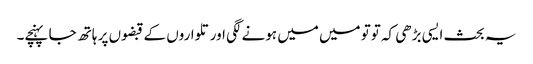
یہ بحث ایسی بڑھی کہ توتو میں میں ہونے لگی اور تلواروں کے قبضوں پر ہاتھ جا پہنچے۔